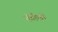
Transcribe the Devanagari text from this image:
दंतीली